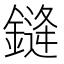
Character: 𰽂